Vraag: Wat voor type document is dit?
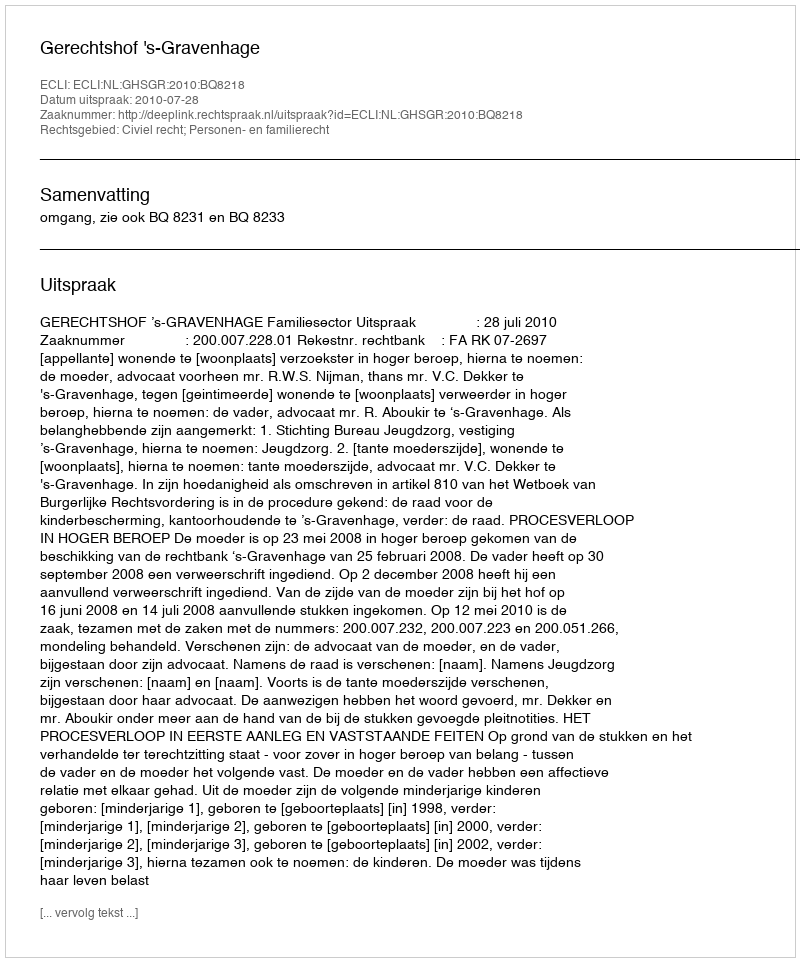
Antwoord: Uitspraak